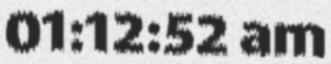
01:12:52 am